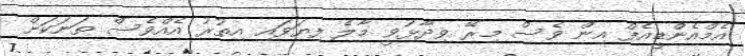
އެމްއެންޑީއެފް އިން ވެސް މިރޭ ވިދާޅުވީ މާލެ ފިޔަވައި އިތުރު އެއްވެސް ތަނަކަށް